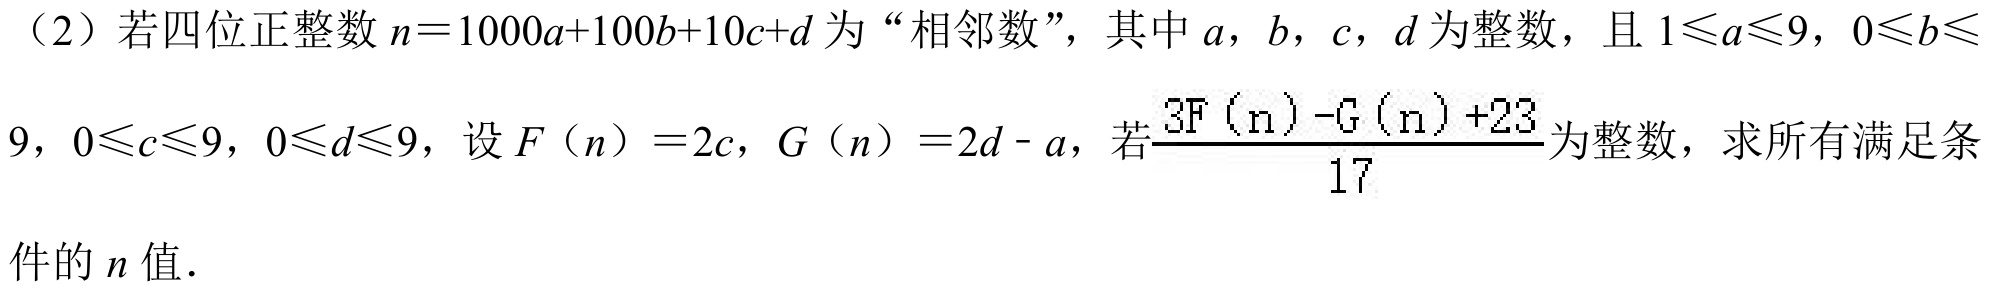
（2）若四位正整数 \(n = 1000a + 100b + 10c + d\) 为“相邻数”，其中 \(a\)，\(b\)，\(c\)，\(d\) 为整数，且 \(1\leqslant a\leqslant9\)，\(0\leqslant b\leqslant\)
\(9\)，\(0\leqslant c\leqslant9\)，\(0\leqslant d\leqslant9\)，设 \(F(n)=2c\)，\(G(n)=2d - a\)，若\(\frac{3F(n)-G(n)+23}{17}\)为整数，求所有满足条
件的 \(n\) 值.